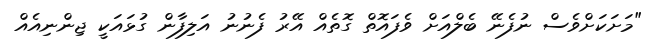
"މަށަކަށްވެސް ނުފެނޭ ބެލްއަށް ވެފައޮތް ގޮތެއް އޭރު ފެނުނު އަލިފާން ގުޅައަކީ ޖިންނިއެއް